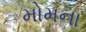
મોમના